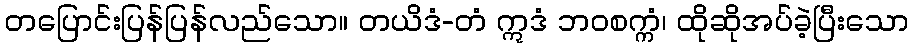
တပြောင်းပြန်ပြန်လည်သော။ တယိဒံ-တံ ဣဒံ ဘဝစက္ကံ၊ ထိုဆိုအပ်ခဲ့ပြီးသော